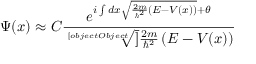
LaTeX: \Psi ( x ) \approx C { \frac { e ^ { i \int d x { \sqrt { { \frac { 2 m } { \hbar ^ { 2 } } } \left( E - V ( x ) \right) } } + \theta } } { \sqrt [ [object Object] ] { { \frac { 2 m } { \hbar ^ { 2 } } } \left( E - V ( x ) \right) } } }